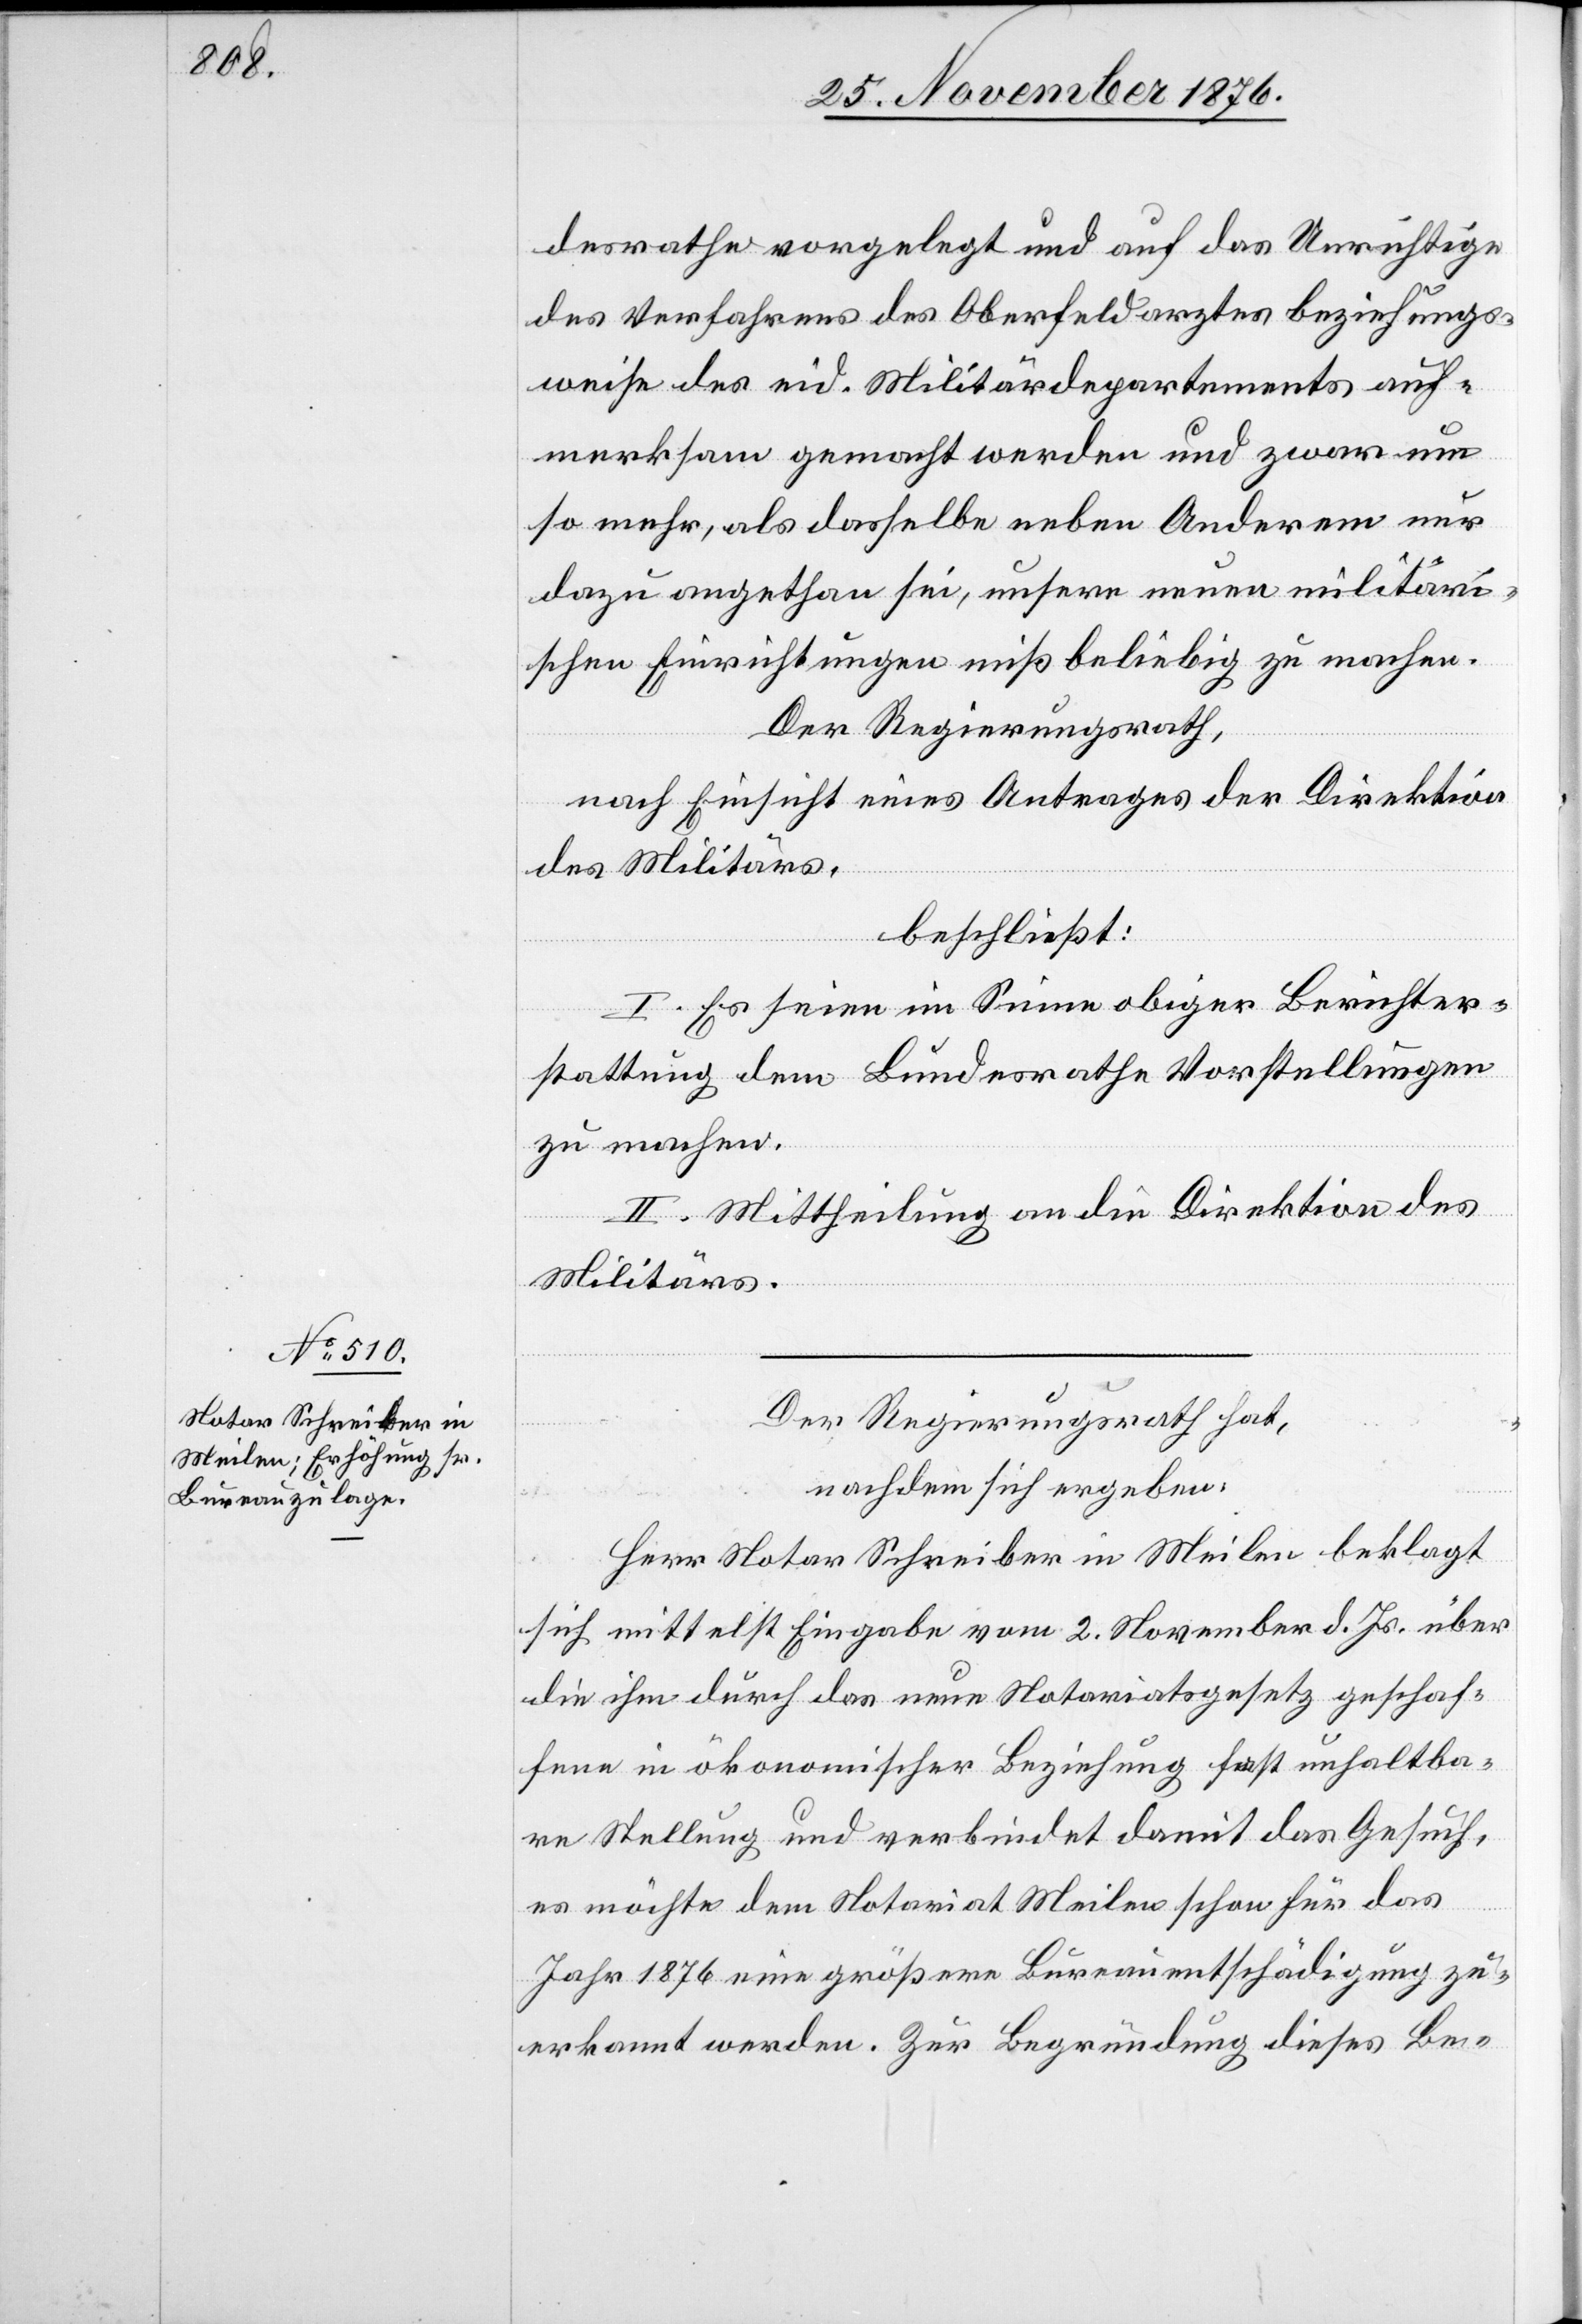
desrathe vorgelegt und auf das Unrichtige
des Verfahrens des Oberfeldarztes beziehungs¬
weise des eid. Militärdepartements auf¬
merksam gemacht werden und zwar um
so mehr, als dasselbe neben Anderem nur
dazu angethan sei, unsere neuen militäri¬
schen Einrichtungen mißbeliebig zu machen.
Der Regierungsrath,
nach Einsicht eines Antrages der Direktion
des
beschließt:
I. Es seien im Sinne obiger Berichter¬
stattung dem Bundesrathe Vorstellungen
zu machen.
II. Mittheilung an die Direktion des
Militärs.
Der Regierungsrath hat,
nachdem sich ergeben:
Herr Notar Schreiber in Meilen beklagt
sich mittelst Eingabe vom 2. November d. Js. über
die ihm durch das neue Notariatsgesetz geschaf¬
fene in ökonomischer Beziehung fast unhaltba¬
re Stellung und verbindet damit das Gesuch
es möchte dem Notariat Meilen schon für das
Jahr 1876 eine größere Bureauentschädigung zu¬
erkannt werden. Zur Begründung dieses Be-